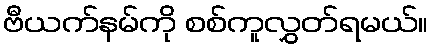
ဗီယက်နမ်ကို စစ်ကူလွှတ်ရမယ်။